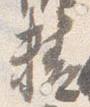
精